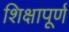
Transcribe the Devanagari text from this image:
शिक्षापूर्ण